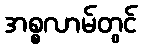
အစ္စလာမ်တွင်